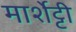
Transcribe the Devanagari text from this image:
मार्शेट्टी